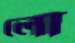
লো